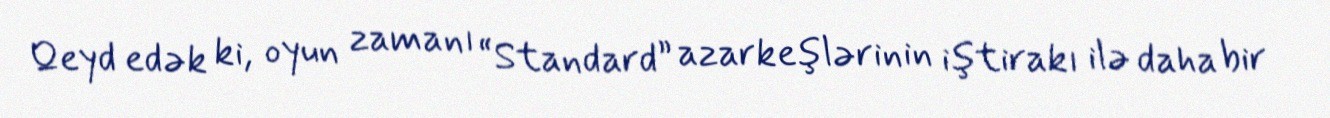
Qeyd edək ki, oyun zamanı “Standard” azarkeşlərinin iştirakı ilə daha bir